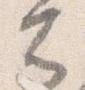
者